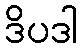
ဒိပဒါ